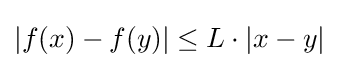
|f(x)-f(y)|\leq L\cdot |x-y|